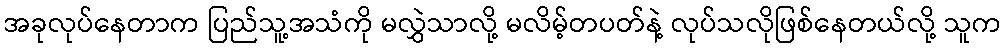
အခုလုပ်နေတာက ပြည်သူ့အသံကို မလွှဲသာလို့ မလိမ့်တပတ်နဲ့ လုပ်သလိုဖြစ်နေတယ်လို့ သူက